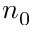
n _ { 0 }